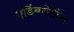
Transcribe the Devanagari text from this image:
एडिंबरोतील